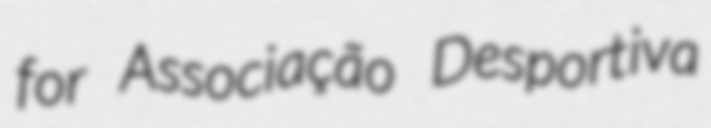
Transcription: for Associação Desportiva